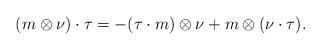
LaTeX: \begin{align*}(m \otimes \nu) \cdot \tau = -(\tau \cdot m) \otimes \nu + m \otimes (\nu \cdot \tau).\end{align*}